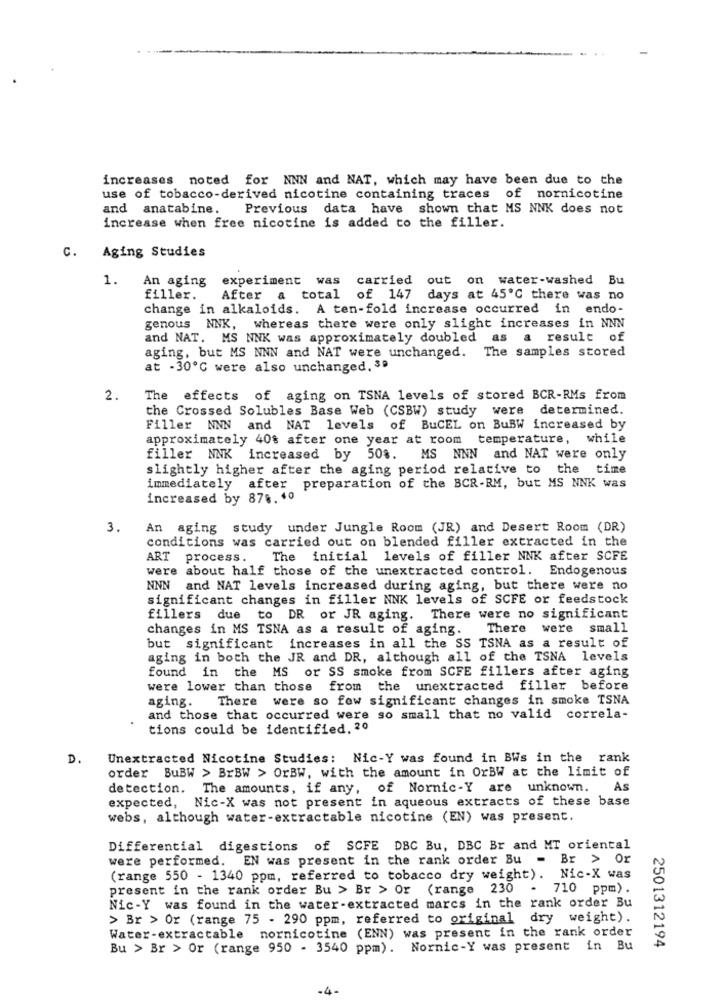
increases noted for NNN and NAT, which may have been due to the
use of tobacco-derived nicotine containing traces of nornicotine
and anatabine. Previous data have shown that MS NNK does not
increase when free nicotine is added to the filler.
Aging Studies
C.
1.
An aging
experiment was
carried out on water-washed Bu
filler.
After a total of 147 days at 45℃ there was no
change in alkaloids. A ten-fold increase occurred in endo-
genous NNK, whereas there were only slight increases in NNN
and NAT. MS NNK was approximately doubled as
a result of
aging, but MS NNN and NAT were unchanged. The samples stored
at -30℃ were also unchanged. 3ª
2.
The effects of aging on TSNA levels of stored BCR-RMs from
the Crossed Solubles Base Web (CSBW) study were determined.
Filler NNN and NAT levels of BuCEL on BuBW increased by
approximately 40% after one year at room temperature, while
filler NNK increased by 50%. MS NNN and NAT were only
slightly higher after the aging period relative to the time
immediately after preparation of the BCR-RM, but MS NNK was
increased by 878. 40
3.
An aging study under Jungle Room (JR) and Desert Room (DR)
conditions was carried out on blended filler extracted in the
ART
process.
The initial levels of filler NNK after SCFE
were about half those of the unextracted control. Endogenous
NNN and NAT levels increased during aging, but there were no
significant changes in filler NNK levels of SCFE or feedstock
fillers due to DR or JR aging. There were no significant
changes in MS TSNA as a result of aging.
There were small
but significant increases in all the SS TSNA as a result of
aging in both the JR and DR, although all of the TSNA levels
found in the MS or SS smoke from SCFE fillers after aging
were lower than those from the unextracted filler before
aging. There were so few significant changes in smoke TSNA
and those that occurred were so small that no valid correla-
tions could be identified. 20
D.
Unextracted Nicotine Studies: Nic-Y was found in BWs in the rank
order BuBW > BrBW > OrBW, with the amount in OrBW at the limit of
detection. The amounts, if any, of Nornic-Y are unknown.
As
expected, Nic-X was not present in aqueous extracts of these base
webs, although water-extractable nicotine (EN) was present.
Differential digestions of SCFE DBC Bu, DBC Br and MT oriental
were performed. EN was present in the rank order Bu
- Br > Or
(range 550 - 1340 ppm, referred to tobacco dry weight). Nic-X was
present in the rank order Bu > Br > Or (range 230
.
710 ppm).
Nic-Y was found in the water-extracted marcs in the rank order Bu
> Br > Or (range 75 - 290 ppm, referred to original dry weight).
Water-extractable nornicotine (ENN) was present in the rank order
2501312194
Bu > Br > Or (range 950 - 3540 ppm). Nornic-Y was present in Bu
.4-